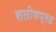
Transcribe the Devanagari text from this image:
सतोषप्रद